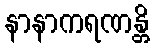
နာနာကရဏန္တိ